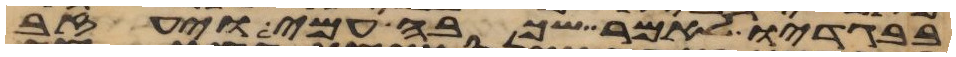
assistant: בבגדיו לאמר שכבה עמי ויעזב